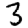
Digit: 3